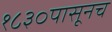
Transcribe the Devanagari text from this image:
१८३०पासूनच